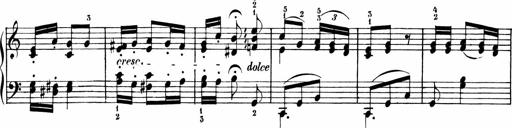
Title: 6 Liedersonatinen
Composer: Carl Reinecke